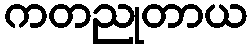
ကတညုတာယ